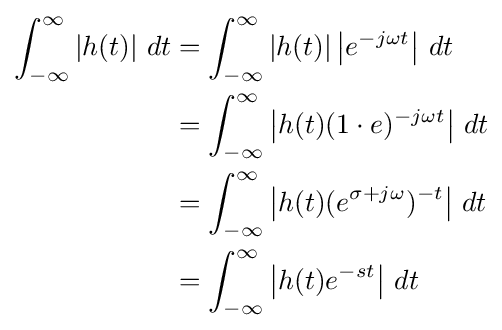
{\begin{aligned}\int _{-\infty }^{\infty }\left|h(t)\right|\,dt&=\int _{-\infty }^{\infty }\left|h(t)\right|\left|e^{-j\omega t}\right|\,dt\\&=\int _{-\infty }^{\infty }\left|h(t)(1\cdot e)^{-j\omega t}\right|\,dt\\&=\int _{-\infty }^{\infty }\left|h(t)(e^{\sigma +j\omega })^{-t}\right|\,dt\\&=\int _{-\infty }^{\infty }\left|h(t)e^{-st}\right|\,dt\end{aligned}}